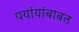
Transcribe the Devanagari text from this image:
पर्यायांबाबत